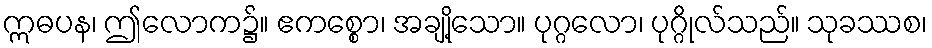
ဣဓပန၊ ဤလောက၌။ ဧကစ္စော၊ အချို့သော။ ပုဂ္ဂလော၊ ပုဂ္ဂိုလ်သည်။ သုခဿစ၊